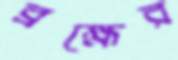
ব্রহ্মের